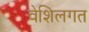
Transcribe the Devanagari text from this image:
वेशिलगत